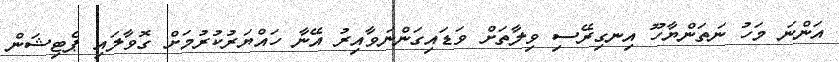
އަންނަ މަހު ނަތަންޔާހޫ އިނގިރޭސި ވިލާތަށް ވަޑައިގަންނަވާއިރު އޭނާ ހައްޔަރުކުރުމަށް ގޮވާލައި ޕެޓިޝަން